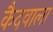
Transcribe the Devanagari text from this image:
कैदवाला